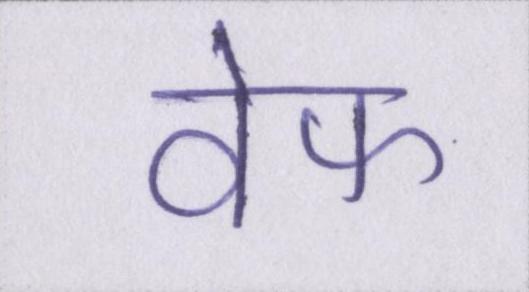
वेफ